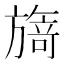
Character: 𭥃